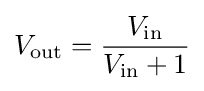
V_{\text{out}}={\frac {V_{\text{in}}}{V_{\text{in}}+1}}